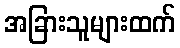
အခြားသူများထက်